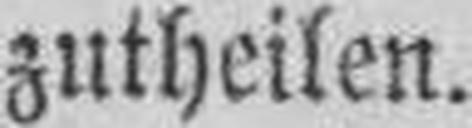
zutheilen.